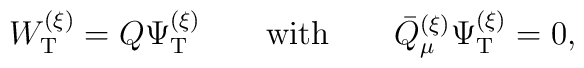
W_{\rm T}^{(\xi)} = Q \Psi_{\rm T}^{(\xi)}\qquad\hbox{with}\qquad\bar{Q}_\mu^{(\xi)} \Psi_{\rm T}^{(\xi)} = 0,